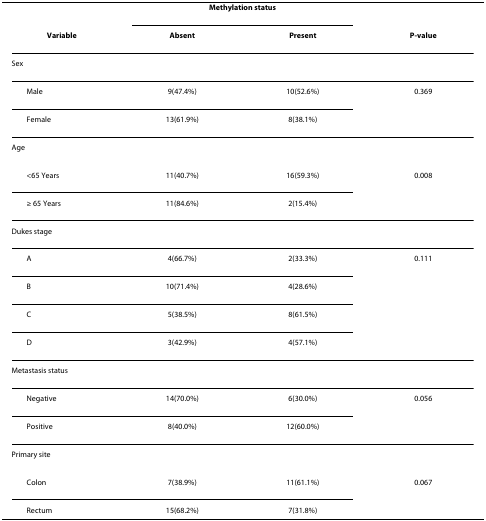
|  | <COLSPAN=2> Methylation status |  |
 | Variable | Absent | Present | P-value |
 | --- | --- | --- | --- |
 | Sex |  |  |  |
 | Male | 9(47.4%) | 10(52.6%) | 0.369 |
 | Female | 13(61.9%) | 8(38.1%) |  |
 | Age |  |  |  |
 | <65 Years | 11(40.7%) | 16(59.3%) | 0.008 |
 | ≥ 65 Years | 11(84.6%) | 2(15.4%) |  |
 | Dukes stage |  |  |  |
 | A | 4(66.7%) | 2(33.3%) | 0.111 |
 | B | 10(71.4%) | 4(28.6%) |  |
 | C | 5(38.5%) | 8(61.5%) |  |
 | D | 3(42.9%) | 4(57.1%) |  |
 | Metastasis status |  |  |  |
 | Negative | 14(70.0%) | 6(30.0%) | 0.056 |
 | Positive | 8(40.0%) | 12(60.0%) |  |
 | Primary site |  |  |  |
 | Colon | 7(38.9%) | 11(61.1%) | 0.067 |
 | Rectum | 15(68.2%) | 7(31.8%) |  |